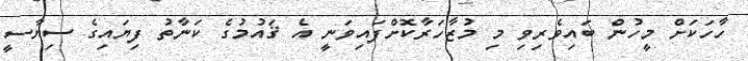
ހާހަކަށް މީހުން ބައިވެރިވި މި މުޒާހަރާކޮށްފައިވަނީ އެ ޤައުމުގެ ކަނާތު ފިޔައިގެ ސިޔާސީ